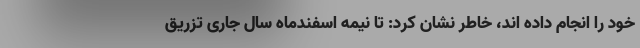
خود را انجام داده اند، خاطر نشان کرد: تا نیمه اسفندماه سال جاری تزریق